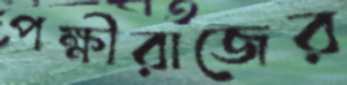
পক্ষীরাজের